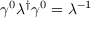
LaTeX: \gamma ^ { 0 } \lambda ^ { \dagger } \gamma ^ { 0 } = \lambda ^ { - 1 }